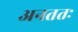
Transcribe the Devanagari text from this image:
अनततः